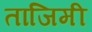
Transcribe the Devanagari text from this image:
ताजिमी